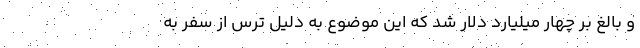
و بالغ بر چهار میلیارد دلار شد که این موضوع به دلیل ترس از سفر به